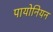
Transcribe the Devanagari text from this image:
पायोनियन